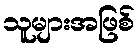
သူများအဖြစ်